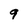
Character: 9